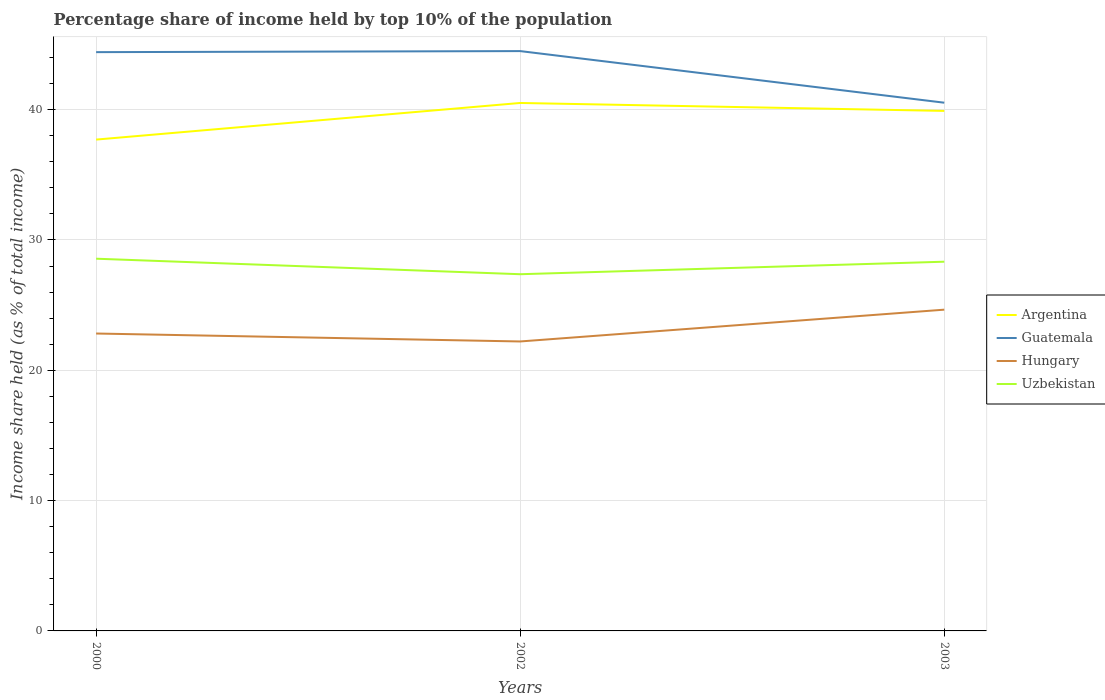
| Years | Argentina | Guatemala | Hungary | Uzbekistan |
 | --- | --- | --- | --- | --- |
 | 2000 | 37.7 | 44.4 | 22.8 | 28.6 |
 | 2002 | 40.5 | 44.5 | 22.2 | 27.4 |
 | 2003 | 39.9 | 40.5 | 24.6 | 28.3 |